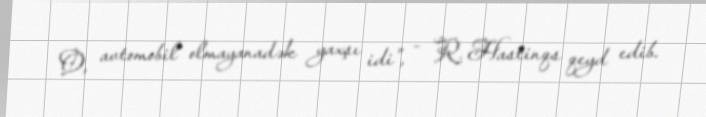
O, avtomobil olmayanadək yaxşı idi”, - R. Hastinqs qeyd edib.